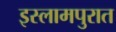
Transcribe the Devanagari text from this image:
इस्लामपुरात